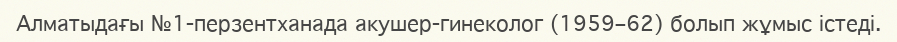
Алматыдағы №1-перзентханада акушер-гинеколог (1959–62) болып жұмыс істеді.